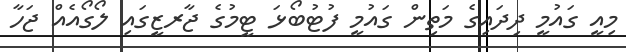
މިއީ ގައުމީ ދިދައިގެ މަތިން ގައުމީ ފުޓުބޯޅަ ޓީމުގެ ޖާރޒީގައި ލޯގޯއެއް ޖަހާ